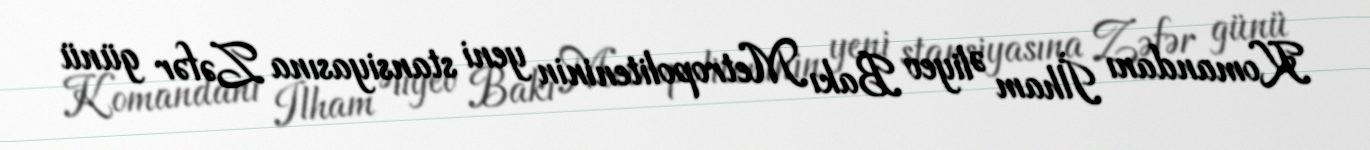
Komandanı İlham Əliyev Bakı Metropoliteninin yeni stansiyasına Zəfər günü